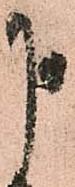
申